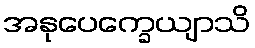
အနုပေက္ခေယျာသိ